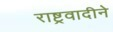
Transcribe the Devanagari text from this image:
राष्ट्रवादीने